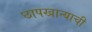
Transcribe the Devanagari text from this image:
छापखान्याची